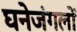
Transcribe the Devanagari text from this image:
घनेजंगलों